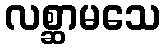
လစ္ဆာမသေ